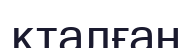
қталған